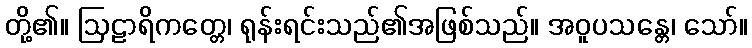
တို့၏။ ဩဠာရိကတ္တေ၊ ရုန်းရင်းသည်၏အဖြစ်သည်။ အဝူပသန္တေ၊ သော်။